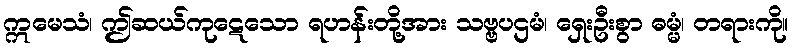
ဣမေသံ၊ ဤဆယ်ကုဋေသော ရဟန်းတို့အား သဗ္ဗပဌမံ၊ ရှေးဦးစွာ ဓမ္မံ၊ တရားကို။